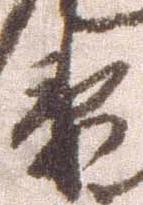
衛